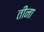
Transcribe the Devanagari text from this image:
तीना